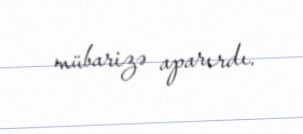
mübarizə aparırdı.